Leprosy in India: report of the Leprosy Commission in India, 1890-91
Year: 1890
Disease focus: Leprosy
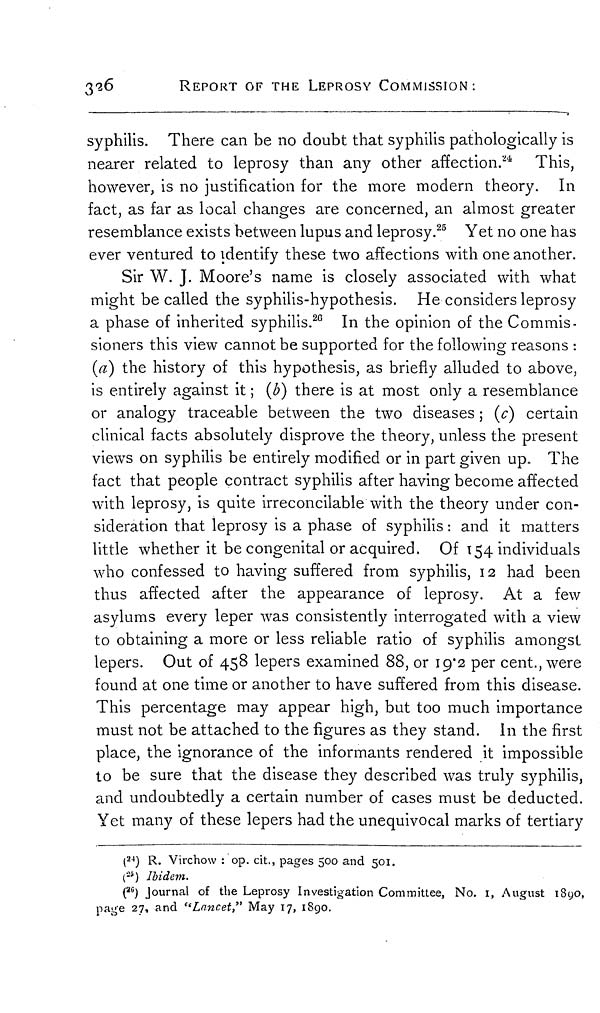
326
REPORT OF THE LEPROSY COMMISSION:
syphilis. There can be no doubt that syphilis pathologically is
nearer related to leprosy than any other affection. 2 * This,
however, is no justification for the more modern theory. In
fact, as far as local changes are concerned, an almost greater
resemblance exists between lupus and leprosy. 25 Yet no one has
ever ventured to identify these two affections with one another.
Sir W. J. Moore's name is closely associated with what
might be called the syphilis-hypothesis. He considers leprosy
a phase of inherited syphilis. 26 In the opinion of the Commis-
sioners this view cannot be supported for the following reasons :
(a) the history of this hypothesis, as briefly alluded to above,
is entirely against it ; (b) there is at most only a resemblance
or analogy traceable between the two diseases ; (c) certain
clinical facts absolutely disprove the theory, unless the present
views on syphilis be entirely modified or in part given up„ The
fact that people contract syphilis after having become affected
with leprosy, is quite irreconcilable with the theory under con-
sideration that leprosy is a phase of syphilis : and it matters
little whether it be congenital or acquired. Of 154 individuals
who confessed to having suffered from syphilis, 12 had been
thus affected after the appearance of leprosy. At a few
asylums every leper was consistently interrogated with a view
to obtaining a more or less reliable ratio of syphilis amongst
lepers. Out of 458 lepers examined 88, or 19.2 per cent., were
found at one time or another to have suffered from this disease.
This percentage may appear high, but too much importance
must not be attached to the figures as they stand. In the first
place, the ignorance of the informants rendered it impossible
to be sure that the disease they described was truly syphilis,
and undoubtedly a certain number of cases must be deducted.
Yet many of these lepers had the unequivocal marks of tertiary
( 24 ) R. Virchow : op. cit., pages 500 and 501.
( 25 ) Ibidem.
( 26 ) Journal of the Leprosy Investigation Committee, No. 1, August 1890,
page 27, and "Lancet," May 17, 1890.